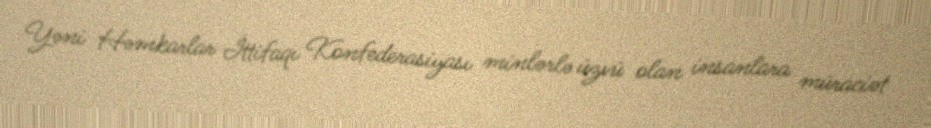
Yəni Həmkarlar İttifaqı Konfederasiyası minlərlə üzvü olan insanlara müraciət